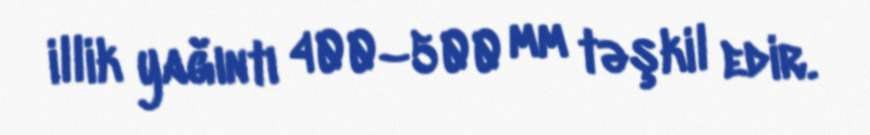
illik yağıntı 400–500 mm təşkil edir.